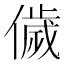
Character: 𬿳